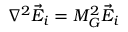
\nabla ^ { 2 } \vec { E } _ { i } = M _ { G } ^ { 2 } \vec { E } _ { i }